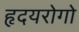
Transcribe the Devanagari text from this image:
हृदयरोगो